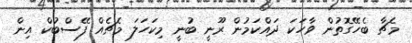
މެޗާ ބެހޭގޮތުން ވާހަކަ ދައްކަމުން ރޫނީ ބުނީ މިކަހަލަ މެޗެއް ފޭސްބުކް އިން